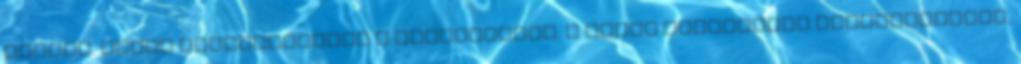
hűtjük. Ekkor hozzákeverjük a tojáslikőrt. A fehér csokoládét megolvasztjuk,